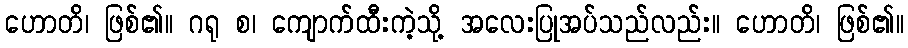
ဟောတိ၊ ဖြစ်၏။ ဂရု စ၊ ကျောက်ထီးကဲ့သို့ အလေးပြုအပ်သည်လည်း။ ဟောတိ၊ ဖြစ်၏။